Leaving Certificate Examination (including Day School Certificate (Higher) General paper), 1938
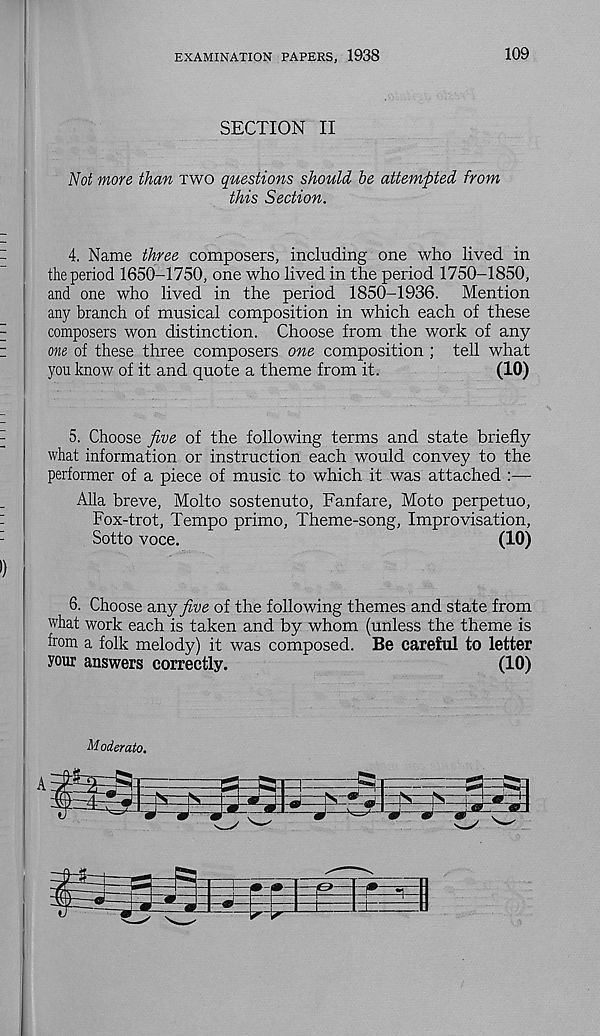
EXAMINATION PAPERS, 1938
109
SECTION II
Not more than two questions should he attempted from
this Section.
4. Name three composers, including one who lived in
the period 1650-1750, one who lived in the period 1750-1850,
and one who lived in the period 1850-1936. Mention
any branch of musical composition in which each of these
composers won distinction. Choose from the work of any
one of these three composers one composition ; tell what
you know of it and quote a theme from it.
(10)
5. Choose five of the following terms and state briefly
what information or instruction each would convey to the
performer of a piece of music to which it was attached :—
Alla breve, Molto sostenuto, Fanfare, Moto perpetuo,
Fox-trot, Tempo primo, Theme-song, Improvisation,
Sotto voce.
(10)
6. Choose any five of the following themes and state from
what work each is taken and by whom (unless the theme is
from a folk melody) it was composed. Be careful to letter
your answers correctly.
(10)
Moderato.
AS
—N
2:
=w